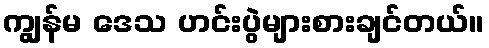
ကျွန်မ ဒေသ ဟင်းပွဲများစားချင်တယ်။